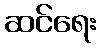
ဆင်ရေး